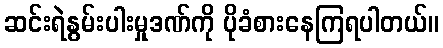
ဆင်းရဲနွမ်းပါးမှုဒဏ်ကို ပိုခံစားနေကြရပါတယ်။